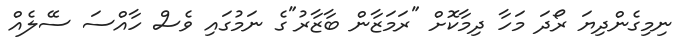
ނިމިގެންދިޔަ ރޯދަ މަހާ ދިމާކޮށް "ރަމަޒާން ބާޒާރު"ގެ ނަމުގައި ވެސް ހާއްސަ ސޭލެއް